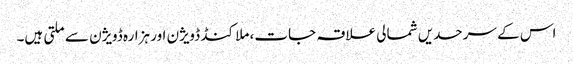
اس کے سرحدیں شمالی علاقہ جات، ملا کنڈ ڈویژن اور ہزارہ ڈویژن سے ملتی ہیں۔